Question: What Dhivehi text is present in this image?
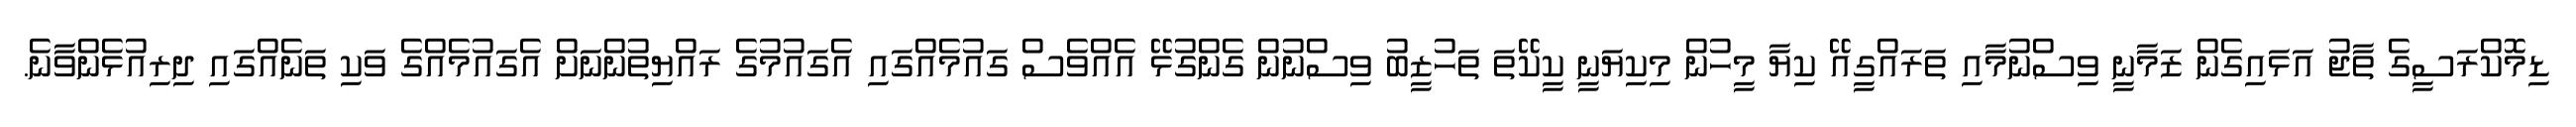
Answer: ޑިމޮކްރަސީގެ ތާޖު އަޅައިގެން ޒަމާނީ ވިސްނުމާއި ތަރައްގީއޭ ކިޔާ މީހުން މިކިޔަނީ ކީކޭތަ ތަހުޒީބު ވިސްނުން ގެންގުޅޭ އެއްވެސް ގައުމެއްގައި އެގައުމުގެ ރައްޔިތުންނަށް އެގައުމެއްގެ ވަކި ތަނެއްގައި ދިރިއުޅެންވާނެ.